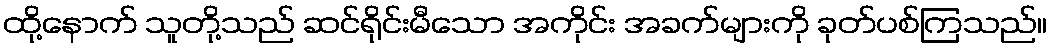
ထို့နောက် သူတို့သည် ဆင်ရိုင်းမီသော အကိုင်း အခက်များကို ခုတ်ပစ်ကြသည်။